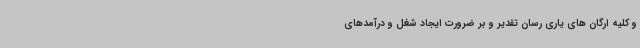
و کلیه ارگان های یاری رسان تقدیر و بر ضرورت ایجاد شغل و درآمدهای